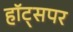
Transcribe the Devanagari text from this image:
हॉट्सपर